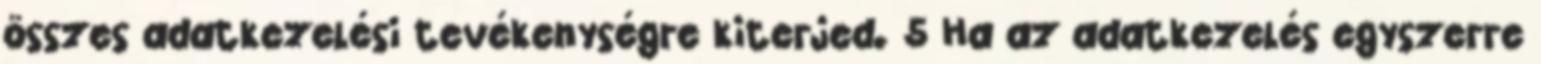
összes adatkezelési tevékenységre kiterjed. 5 Ha az adatkezelés egyszerre